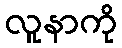
လူနာကို